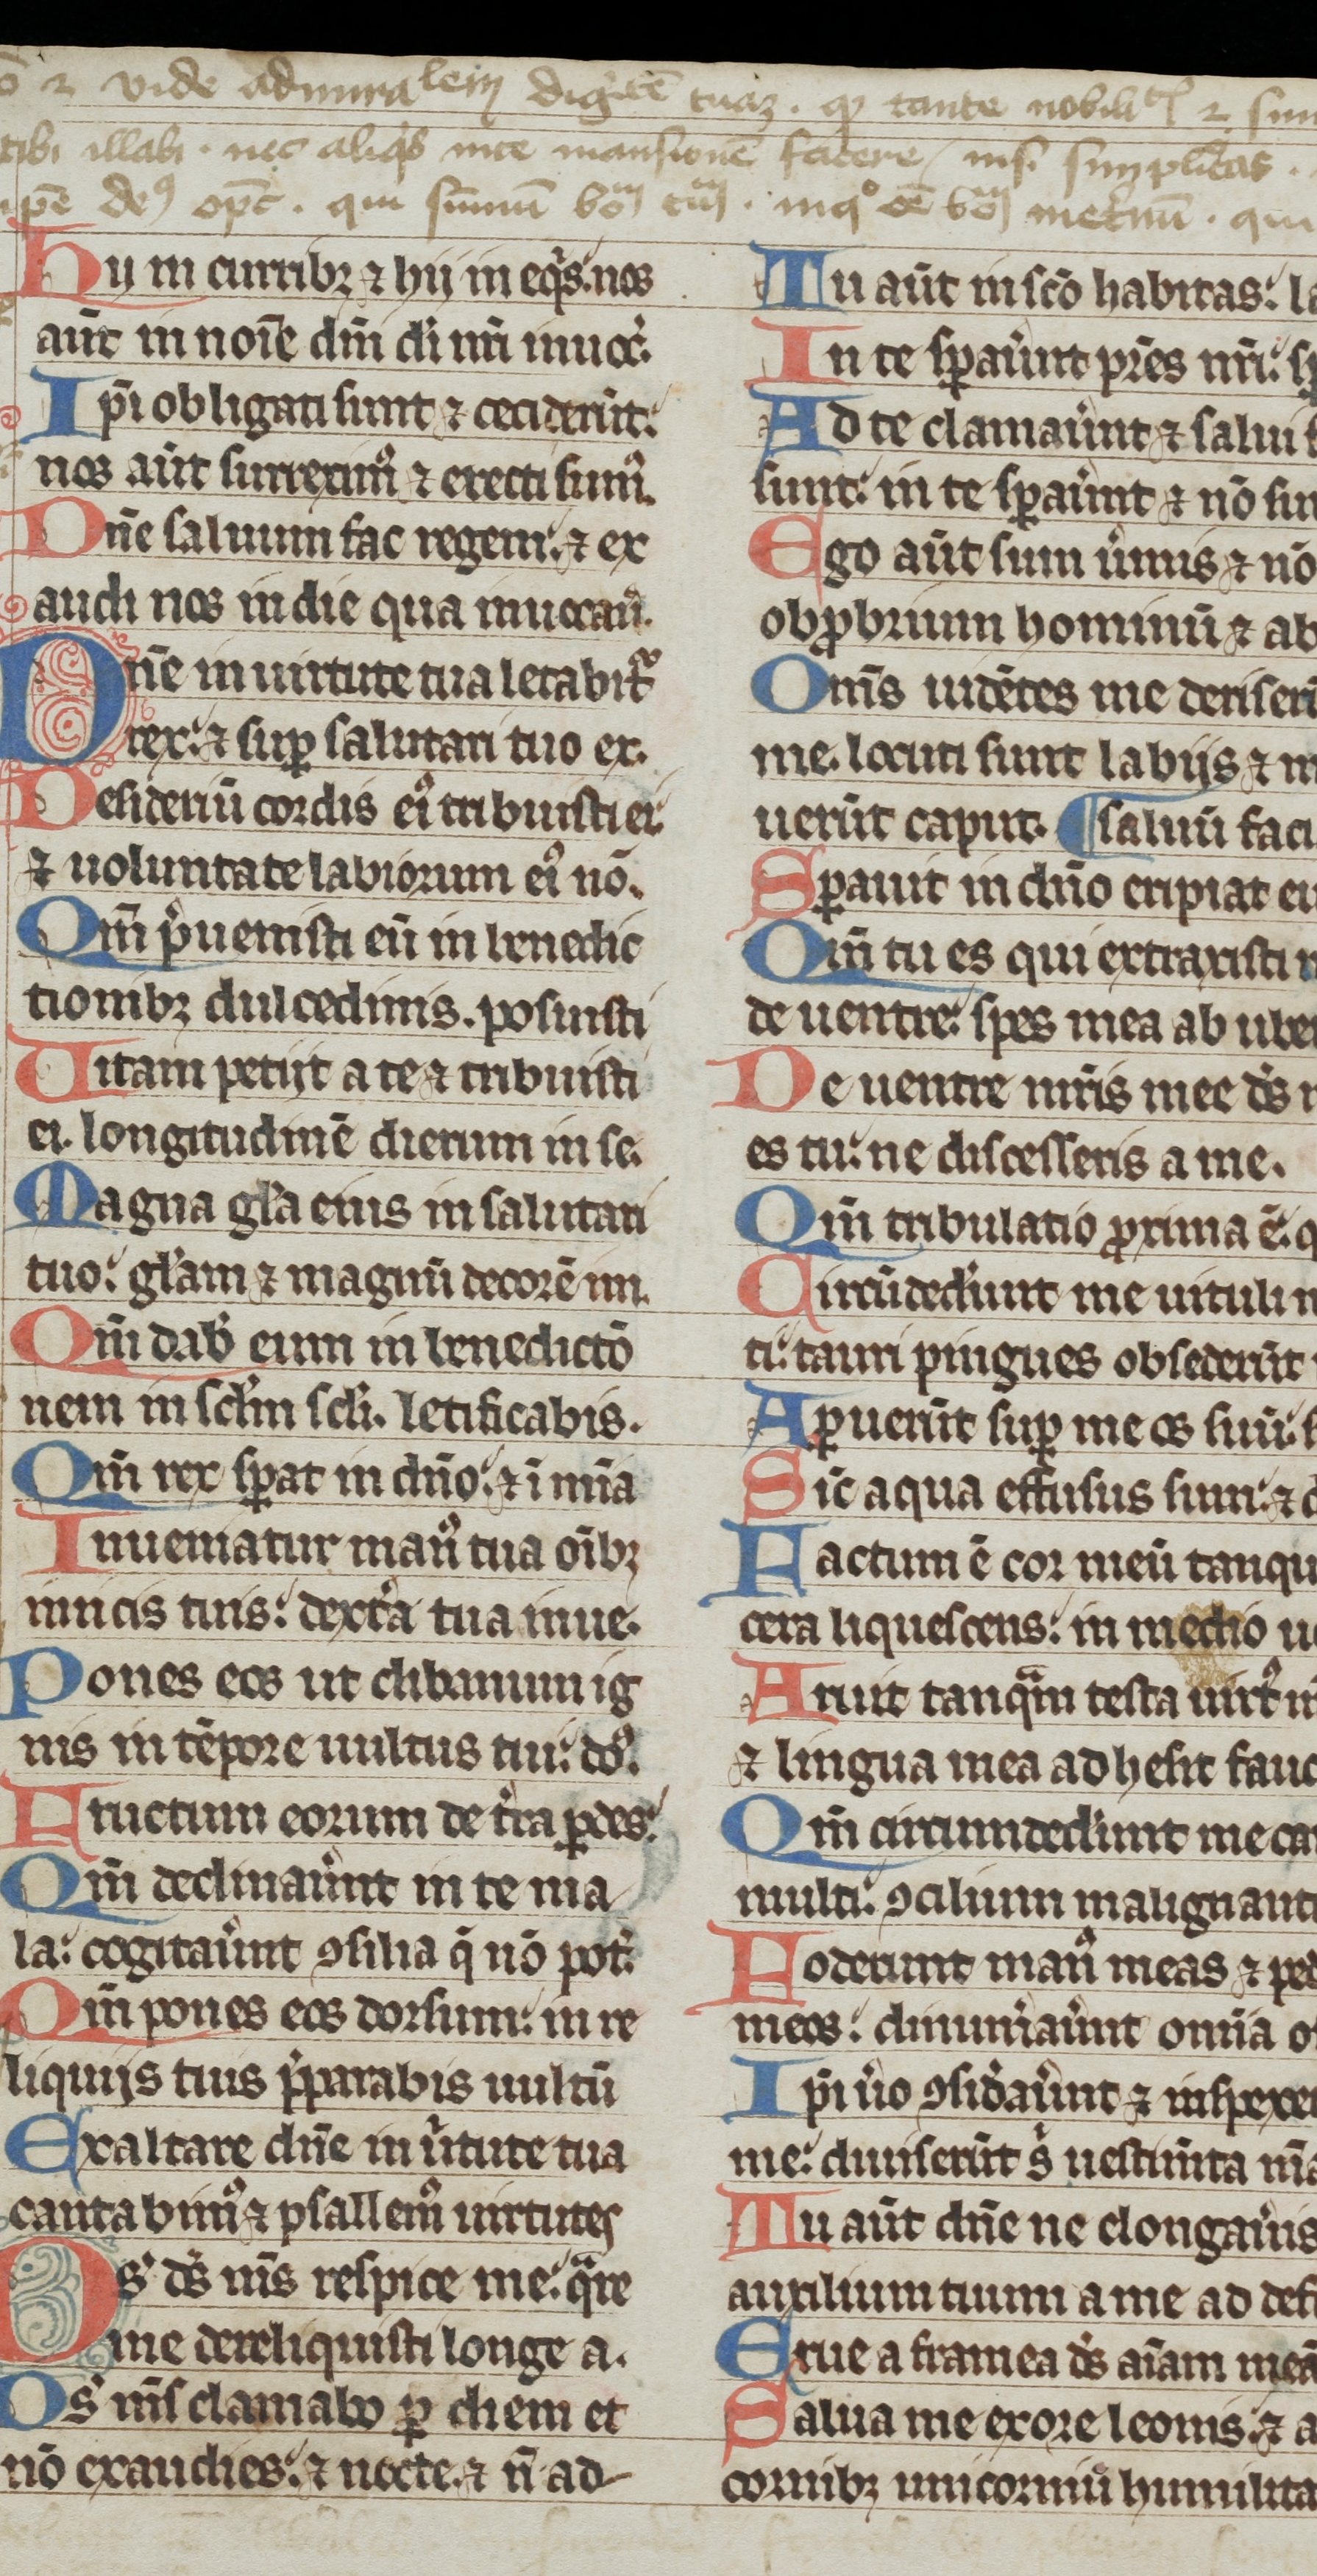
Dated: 1300–1399